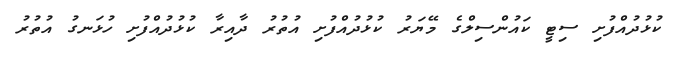
ކުޅުދުއްފުށި ސިޓީ ކައުންސިލްގެ މޭޔަރު ކުޅުދުއްފުށި އުތުރު ދާއިރާ ކުޅުދުއްފުށި ހުޅަނގު އުތުރު